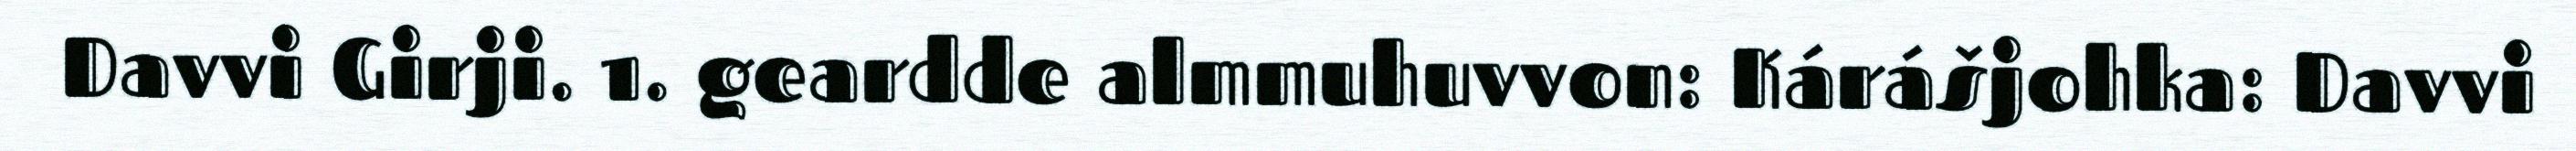
Davvi Girji. 1. geardde almmuhuvvon: Kárášjohka: Davvi